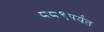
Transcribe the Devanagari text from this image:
८८९पर्यंत